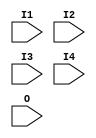
module FMAP (I1, I2, I3, I4, O);

    input  I1, I2, I3, I4, O;

endmodule